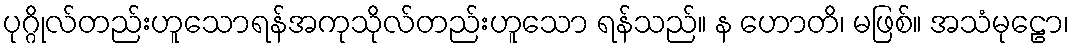
ပုဂ္ဂိုလ်တည်းဟူသောရန်အကုသိုလ်တည်းဟူသော ရန်သည်။ န ဟောတိ၊ မဖြစ်။ အသံမုဠော၊